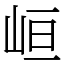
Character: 峘